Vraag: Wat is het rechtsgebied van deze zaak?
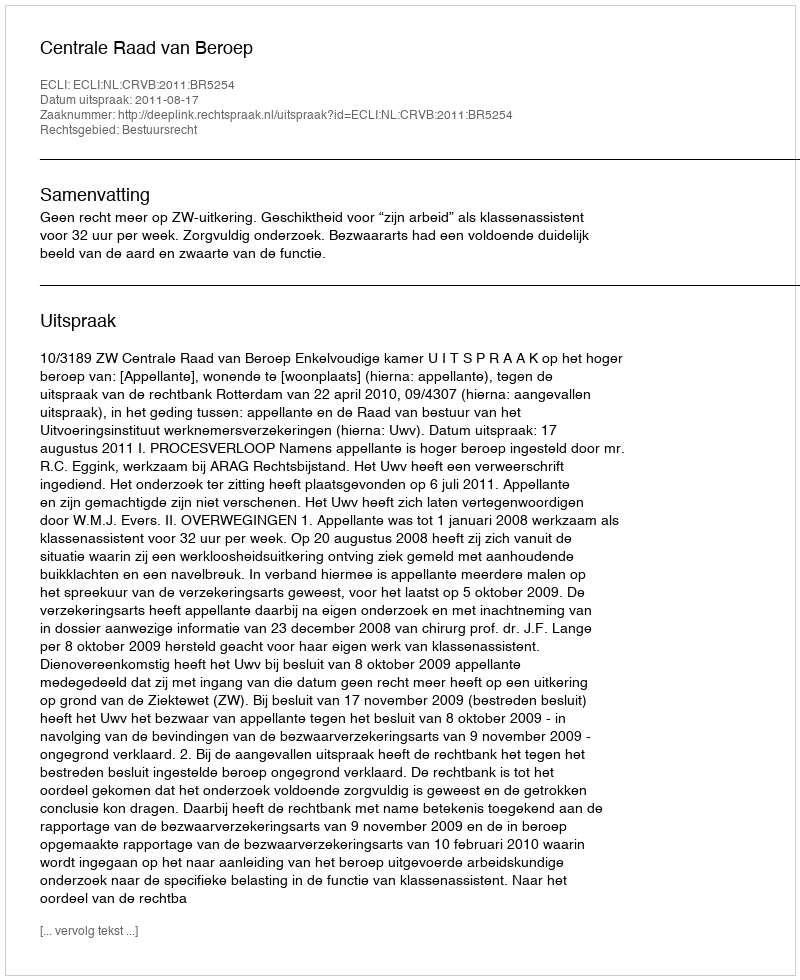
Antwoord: Bestuursrecht